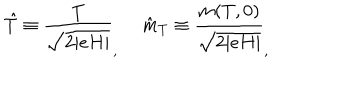
\hat { T } \equiv \frac { T } { \sqrt { 2 \vert e H \vert } } _ { , } ~ ~ \hat { m } _ { T } \equiv \frac { m ( T , 0 ) } { \sqrt { 2 \vert e H \vert } } _ { , }